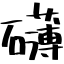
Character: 礴